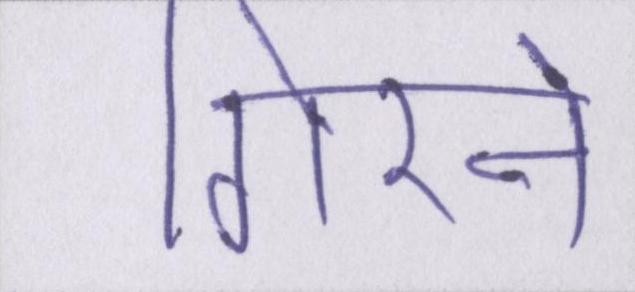
गिरने